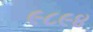
૯૮૯૪